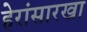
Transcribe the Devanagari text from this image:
हेरांसारखा